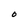
Character: O